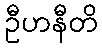
ဦဟနီတိ